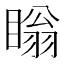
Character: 瞈